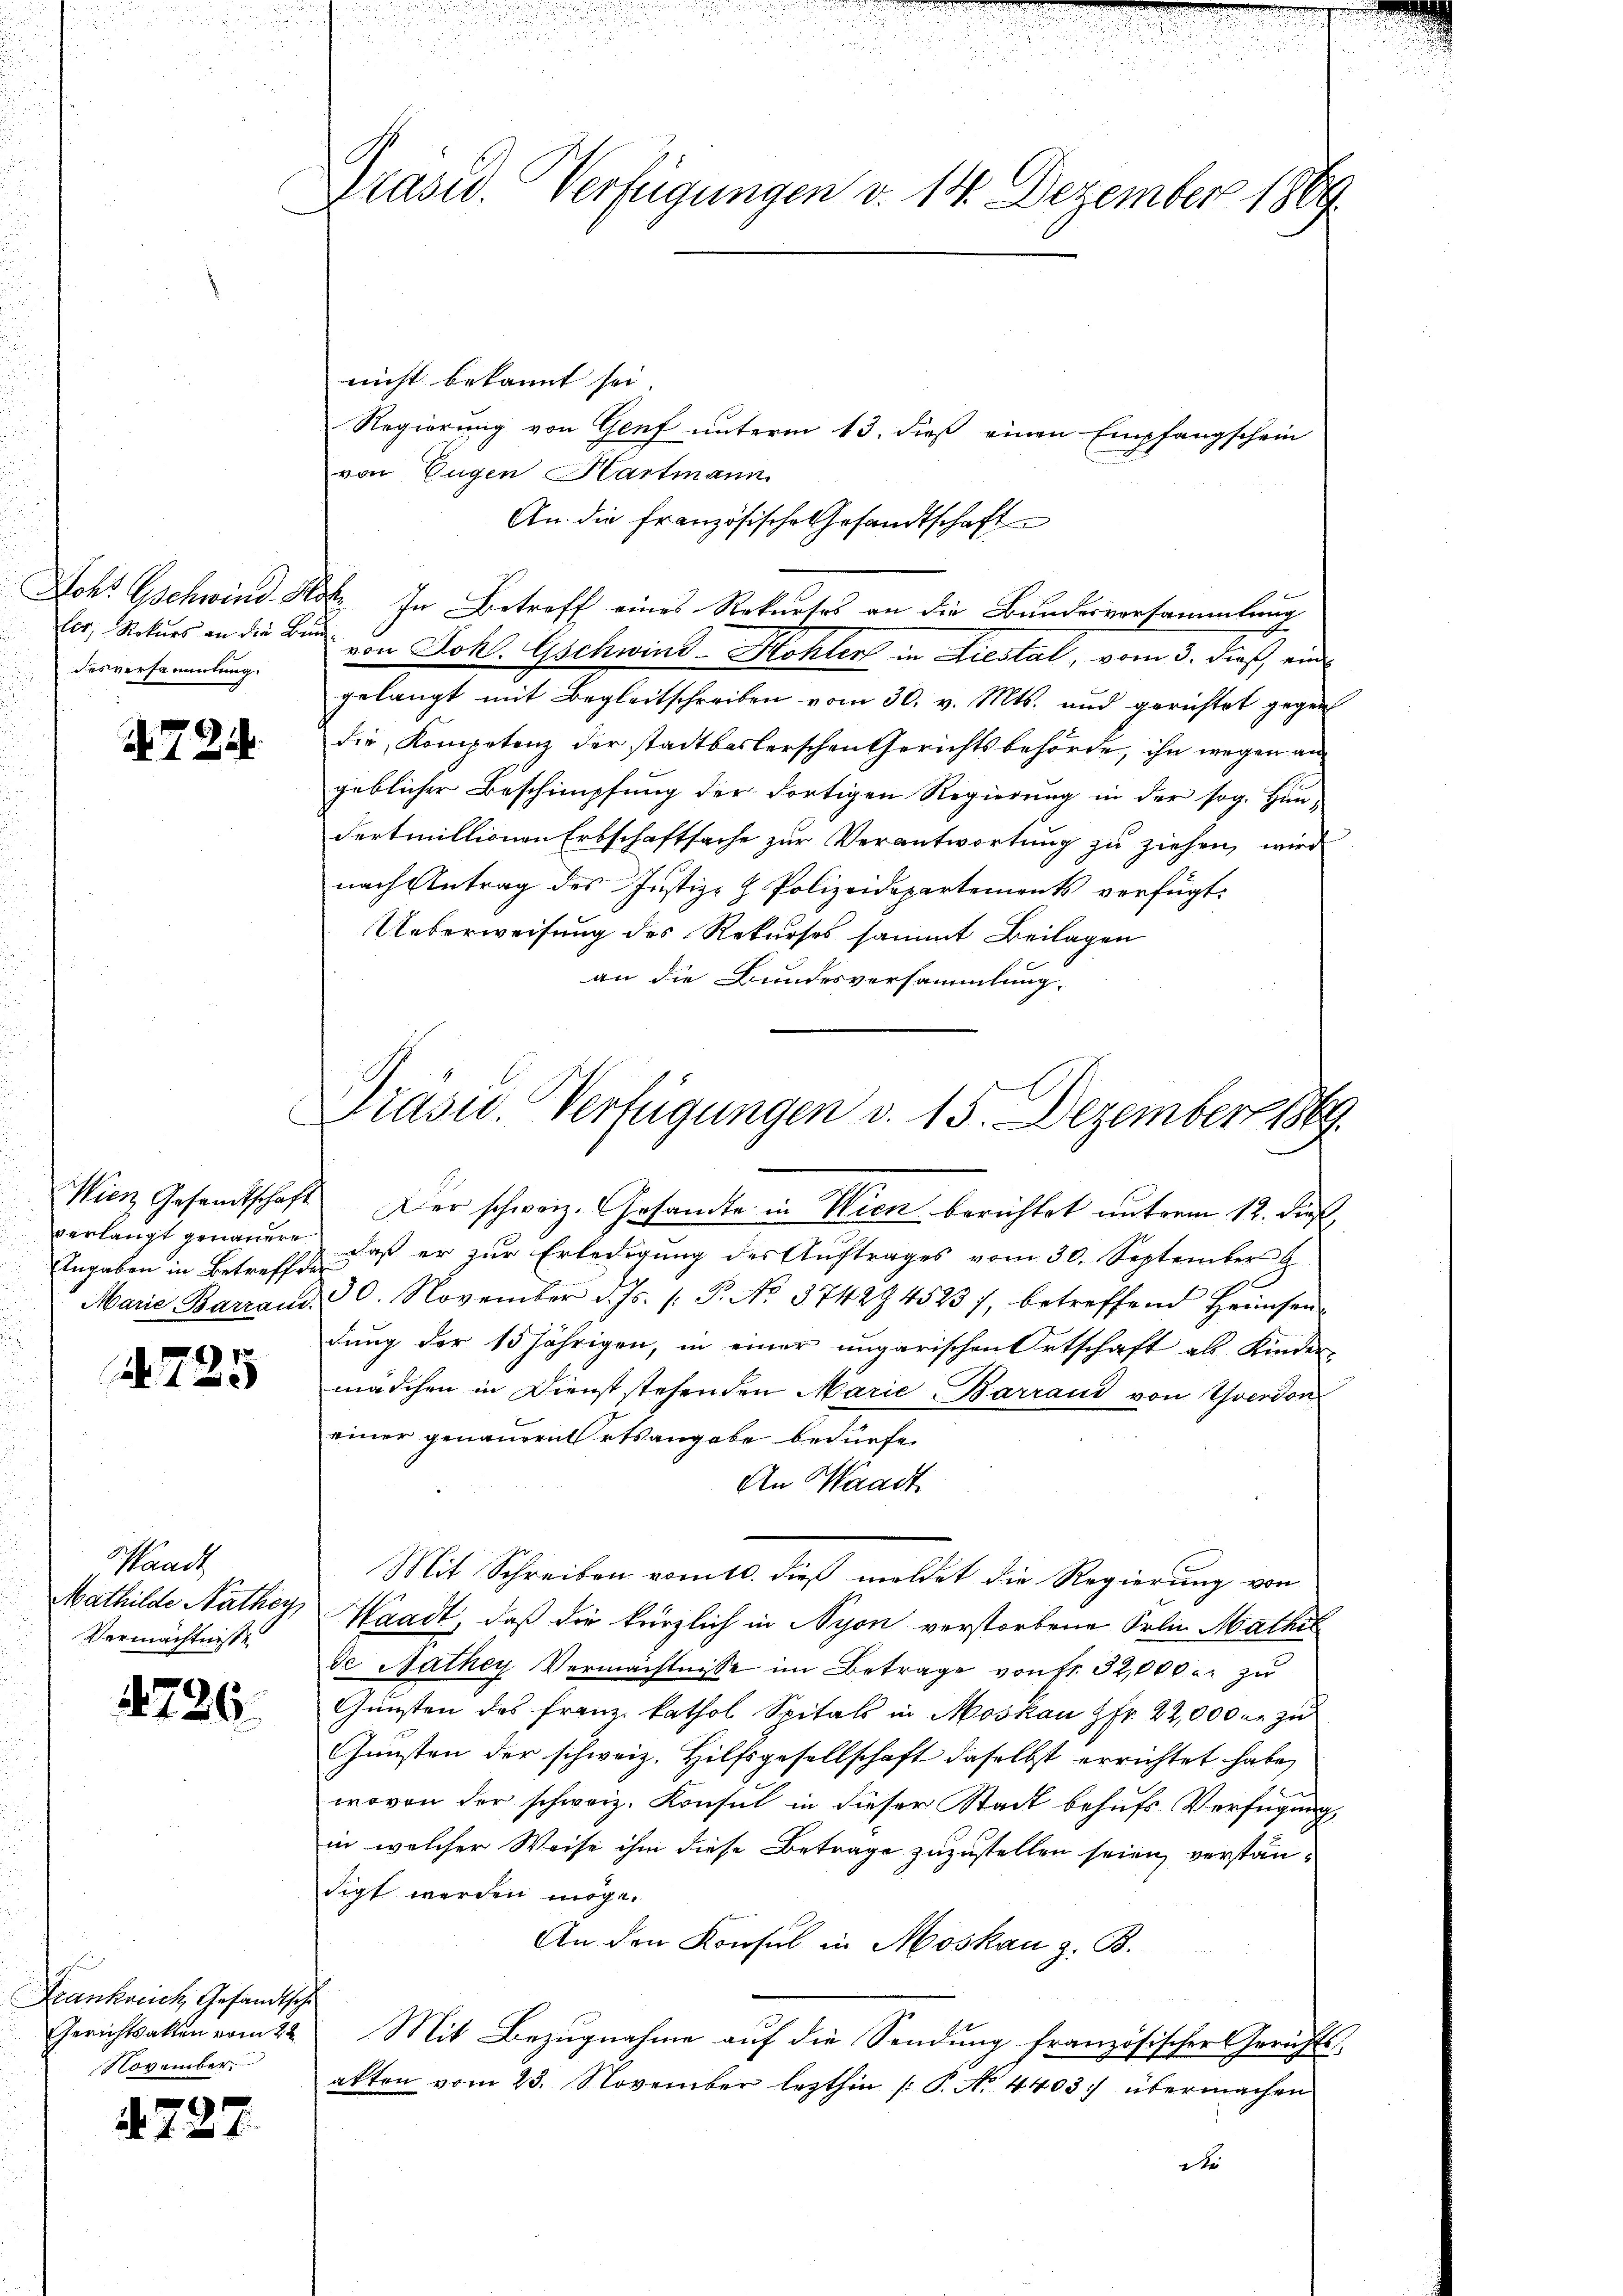
desversammlung.

724

Angaben in Betreff der

1
a

Waadt
Vermächtnisse

4726

Frankreich, Gesandtsche
November.

4727.

Präsid. Verfügungen v. 14. Dezember 1869.
s

Wien Gesamtschaft. Der schweiz. Gesandte in Wien berichtet unterm 12. dieß,
verlangt genauer, daß er zŭr Erledigŭng der Aŭftrages vom 30. September
I
Marie Barrand 30. November d. Js. /: P. No. 3742 4523), betreffend Heimsen
dung der 15 jährigen, in einer ungarischen Ortschaft als Kinder-
mädchen in Dienst stehenden Marie Barrand von Yverdon
einer genauern Ortsangabe bedürfe.
An Waadt.
Mit Schreiben vom 10. dieß meldet die Regierung von
Mathilde Nathey Waadt, daß die kürzlich in Nyon verstorbene Frln. Mathil
de Nathey Vermächtnisse im Betrage von fr. 32,000 r. zu
Gunsten des Franz kathol. Spitals in Moskau Fr. 22,000 fr zu
Gunsten der schweiz. Hilfsgesellschaft daselbst errichtet habe,
wovon der schweiz. Konsul in dieser Stadt behufs Verfügung,
in welcher Weise ihm diese Betrage zuzustellen seien, verständigt werden möge.
An den Konsul in Moskau z. B.
Gerichtsakten vom 22. Mit Bezugnahme auf die Sendung französischer Gerichts-
akten vom 23. November lezthin /: P. No. 4403: übermachen
de

nicht bekannt sei.
Regierung von Genf unterm 13. dieß einen Empfangschein
von Eugen Hartmann
An die französische Gesandtschaft
Joh. Gschwind Hotz. In Betreff eines Rekurses an die Bundesversammlung
Ver, Rekurs an die Bin von Johs. Gschwind-Hohler in Liestal, vom 3. dieß, ein
gelangt mit Begleitschreiben vom 30. v. Mts. und gerichtet gegen
die Kompetenz der stadtbaslerschen Gerichtsbehörde, ihn wegen angeblicher Beschimpfung der dortigen Regierung in der sog. Hin-
Fertmillionen Erbschaftsache zur Verantwortung zu ziehen, wird
nach Antrag des Justiz- & Polizeidepartements verfügt:
Ueberweisung des Rekurses sammt Beilagen
an die Bundesversammlung.
Drasw. Verfügungen v. 15. Dezember 1869.